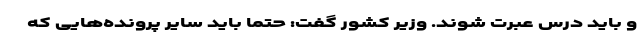
و باید درس عبرت شوند. وزیر کشور گفت: حتما باید سایر پرونده‌هایی که